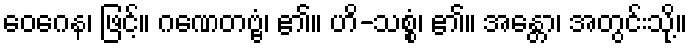
ဝေဂေန၊ ဖြင့်။ ဂဏေတဗ္ဗံ၊ ၏။ ဟိ-သစ္စံ၊ ၏။ အန္တော၊ အတွင်းသို့။